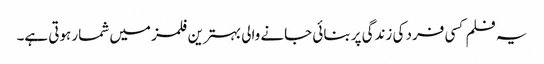
یہ فلم کسی فرد کی زندگی پر بنائی جانے والی بہترین فلمز میں شمار ہوتی ہے۔